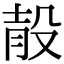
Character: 𣪎